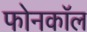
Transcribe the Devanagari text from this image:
फोनकाॅल